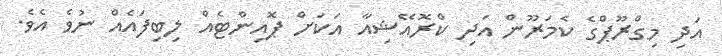
އަދި މިގްރޫޕްގެ ކެމަރޫން އަދި ކްރޮއޭޝިއާ އަކަށް ޕޮއިންޓެއް ލިބިފައެއް ނުވެ އެވެ.